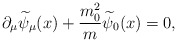
\begin{align*}\partial _\mu \widetilde{\psi }_\mu (x)+\frac{m_0^2}{m}\widetilde{\psi }_0 (x)=0 ,\end{align*}